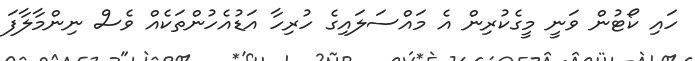
ހައި ކޯޓުން ވަނީ މީގެކުރިން އެ މައްސަލައިގެ ހުރިހާ އަޑުއެހުންތަކެއް ވެސް ނިންމާލާފަ